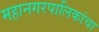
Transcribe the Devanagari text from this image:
महानगरपालिकांचा